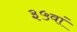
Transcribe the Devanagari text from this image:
३५वां